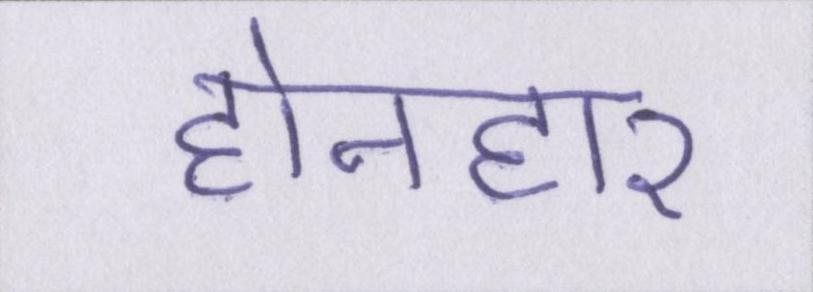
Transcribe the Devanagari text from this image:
होनहार